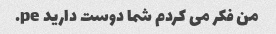
من فکر می کردم شما دوست دارید pe.